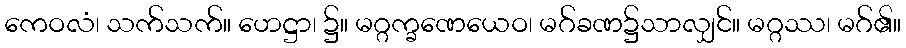
ကေဝလံ၊ သက်သက်။ ဟေဋ္ဌာ၊ ၌။ မဂ္ဂက္ခဏေယေဝ၊ မဂ်ခဏ၌သာလျှင်။ မဂ္ဂဿ၊ မဂ်၏။